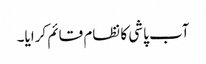
آب پاشی کا نظام قائم کرایا۔